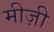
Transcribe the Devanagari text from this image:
मीज़ी